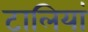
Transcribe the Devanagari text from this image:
टालियां